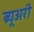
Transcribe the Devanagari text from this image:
ब्र्यूअरी